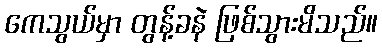
ကေသွယ်မှာ တွန့်ခနဲ ဖြစ်သွားမိသည်။